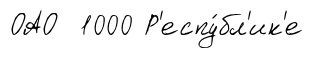
ОАО 1000 Р'еспу́бл'ик'е